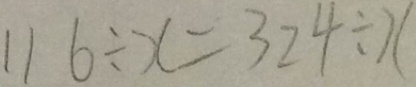
1 1 6 \div x = 3 2 4 \div x